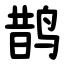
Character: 鹊